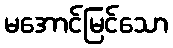
မအောင်မြင်သော